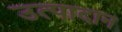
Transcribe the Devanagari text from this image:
उत्पादान